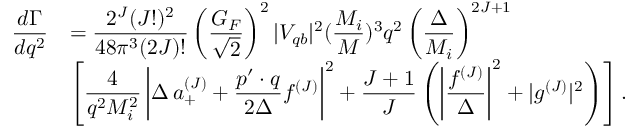
\begin{array} { r l } { { \displaystyle \frac { d \Gamma } { d q ^ { 2 } } } } & { { = \displaystyle \frac { 2 ^ { J } ( J ! ) ^ { 2 } } { 4 8 \pi ^ { 3 } ( 2 J ) ! } \left( \frac { G _ { F } } { \sqrt { 2 } } \right) ^ { 2 } | V _ { q b } | ^ { 2 } ( \frac { M _ { i } } { M } ) ^ { 3 } q ^ { 2 } \left( \frac { \Delta } { M _ { i } } \right) ^ { 2 J + 1 } } } \\ { { } } & { { \displaystyle \left[ \frac { 4 } { q ^ { 2 } M _ { i } ^ { 2 } } \left| \Delta \, a _ { + } ^ { ( J ) } + \frac { p ^ { \prime } \cdot q } { 2 \Delta } f ^ { ( J ) } \right| ^ { 2 } + \frac { J + 1 } { J } \left( \left| \frac { f ^ { ( J ) } } { \Delta } \right| ^ { 2 } + | g ^ { ( J ) } | ^ { 2 } \right) \right] . } } \end{array}